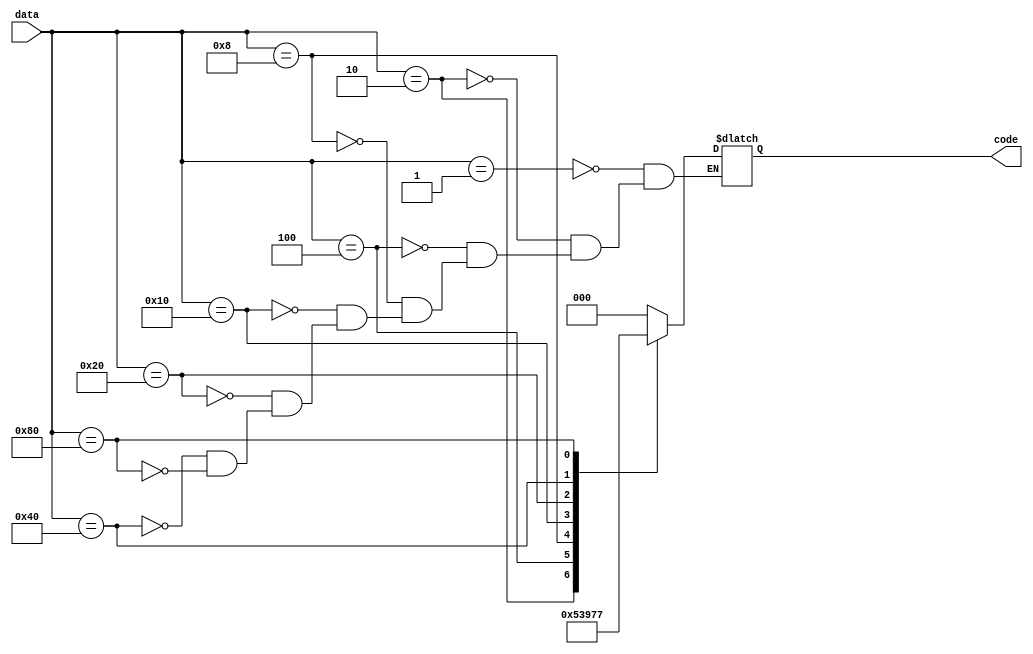
module Encoder8x3(output reg[2:0] code, input wire[7:0] data);
  always @(*)
  begin
    case (data)
      8'b0000_0001: code <= 0;
      8'b0000_0010: code <= 1;
      8'b0000_0100: code <= 2;
      8'b0000_1000: code <= 3;
      8'b0001_0000: code <= 4;
      8'b0010_0000: code <= 5;
      8'b0100_0000: code <= 6;
      8'b1000_0000: code <= 7;
    endcase
  end
endmodule